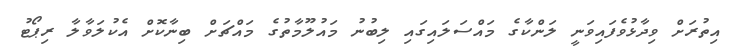
އިތުރަށް ވިދާޅުވެފައިވަނީ ލަންކާގެ މައްސަލައިގައި ލިބުނު މައުލޫމާތުގެ މައްޗަށް ބިނާކޮށް އެކުލަވާލާ ރިޕޯޓު